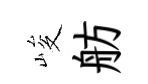
峻舫